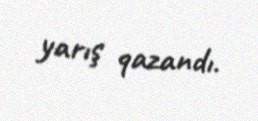
yarış qazandı.